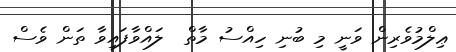
ޢިލްމުވެރިން ވަނީ މި ބުނި ހިއްސު މާތް  ލައްވާފައިވާ ތަން ވެސް